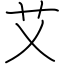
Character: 艾